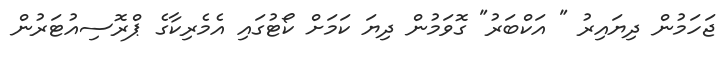
ޖަހަމުން ދިޔައިރު " އަކްބަރު" ގޮވަމުން ދިޔަ ކަމަށް ކޯޓުގައި އެމެރިކާގެ ޕްރޮސިއުޓަރުން